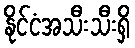
နိုင်ငံအသီးသီးရှိ